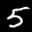
Digit: 5